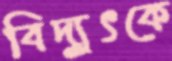
বিদ্যুৎকে